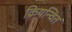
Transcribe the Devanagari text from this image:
क्रियन्वित